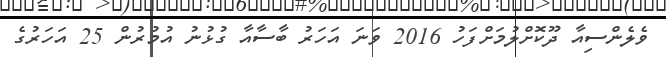
ވެލެންސިއާ ދޫކޮށްލުމަށްފަހު 2016 ވަނަ އަހަރު ބާސާއާ ގުޅުނު އުމުރުން 25 އަހަރުގެ